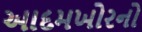
આદમખોરનો